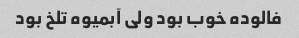
فالوده خوب بود ولی آبمیوه تلخ بود